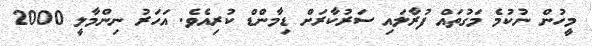
މީހުން ނުކުމެ މަގުތައް ފުރާލައި ސަރުކާރަށް ޑިމާންޑް ކުރިއެވެ. އަހަރު ނިންމާލީ 2000